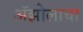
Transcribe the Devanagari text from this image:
ॲझोलाचा